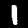
Label: 1